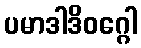
ပမာဒါဒိဝဂ္ဂေါ